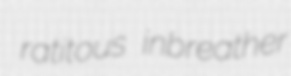
ratitous inbreather